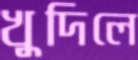
খুদিলে